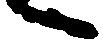
へ